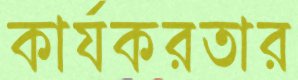
কার্যকরতার